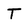
Character: T